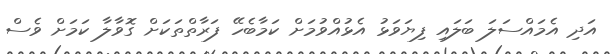
އަދި އެމައްސަލަ ބަލައި ފިޔަވަޅު އެޅުއްވުމަށް ކަމާބެހޭ ފަރާތްތަކަށް ގޮވާލާ ކަމަށް ވެސް